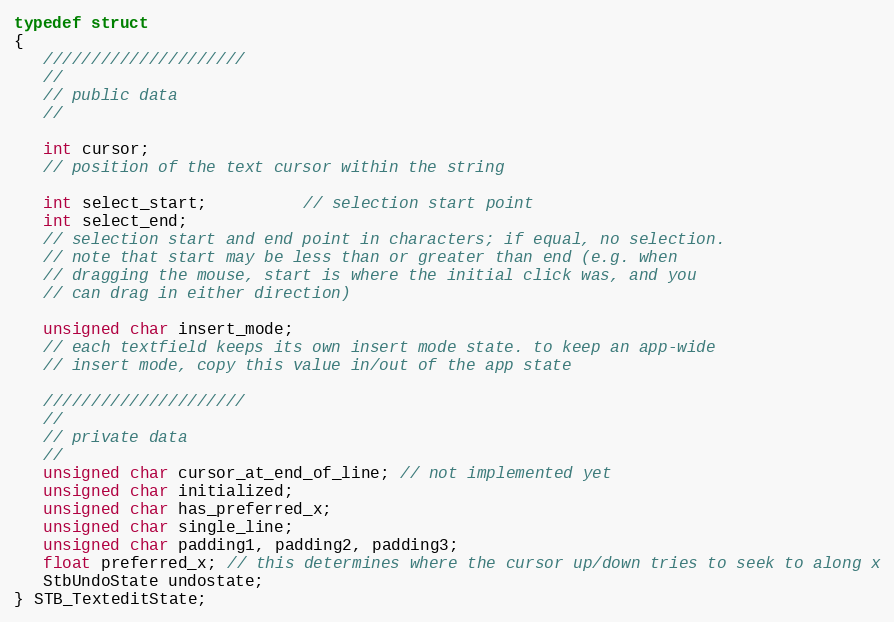
Language: C
typedef struct
{
   /////////////////////
   //
   // public data
   //

   int cursor;
   // position of the text cursor within the string

   int select_start;          // selection start point
   int select_end;
   // selection start and end point in characters; if equal, no selection.
   // note that start may be less than or greater than end (e.g. when
   // dragging the mouse, start is where the initial click was, and you
   // can drag in either direction)

   unsigned char insert_mode;
   // each textfield keeps its own insert mode state. to keep an app-wide
   // insert mode, copy this value in/out of the app state

   /////////////////////
   //
   // private data
   //
   unsigned char cursor_at_end_of_line; // not implemented yet
   unsigned char initialized;
   unsigned char has_preferred_x;
   unsigned char single_line;
   unsigned char padding1, padding2, padding3;
   float preferred_x; // this determines where the cursor up/down tries to seek to along x
   StbUndoState undostate;
} STB_TexteditState;